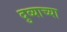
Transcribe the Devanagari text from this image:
दुव्याच्या